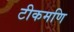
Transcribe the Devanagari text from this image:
टीकमणि